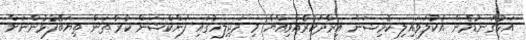
އަޅުގަނޑުމެން އެކުލަވައިލި ކޮމިޝަން އިރާދަކުރެއްވިއްޔާ މި މަޖިލިހުގައި ފަންކްޝަން ކުރާ ތަން ތިޔަބޭފުޅުންނަށް